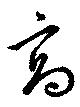
高